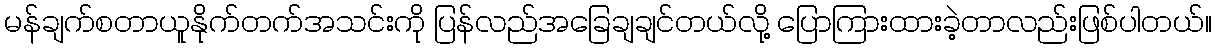
မန်ချက်စတာယူနိုက်တက်အသင်းကို ပြန်လည်အခြေချချင်တယ်လို့ ပြောကြားထားခဲ့တာလည်းဖြစ်ပါတယ်။